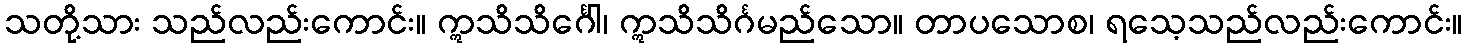
သတို့သား သည်လည်းကောင်း။ ဣသိသိင်္ဂေါ၊ ဣသိသိင်္ဂမည်သော။ တာပသောစ၊ ရသေ့သည်လည်းကောင်း။